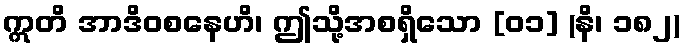
ဣတိ အာဒိဝစနေဟိ၊ ဤသို့အစရှိသော [၀၁] (နိ၊ ၁၈၂)